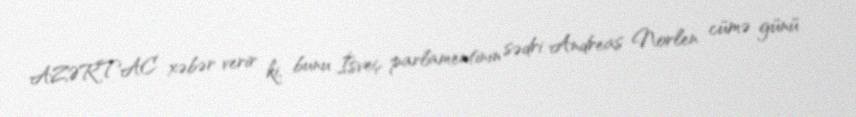
AZƏRTAC xəbər verir ki, bunu İsveç parlamentinin sədri Andreas Norlen cümə günü